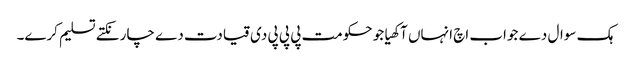
ہک سوال دے جواب اچ انہاں آکھیا جو حکومت پی پی پی دی قیادت دے چار نکتے تسلیم کرے۔